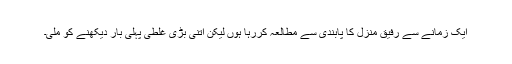
ایک زمانے سے رفیق منزل کا پابندی سے مطالعہ کررہا ہوں لیکن اتنی بڑی غلطی پہلی بار دیکھنے کو ملی۔